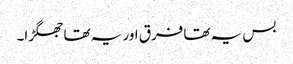
بس یہ تھا فرق اور یہ تھا جھگڑا۔